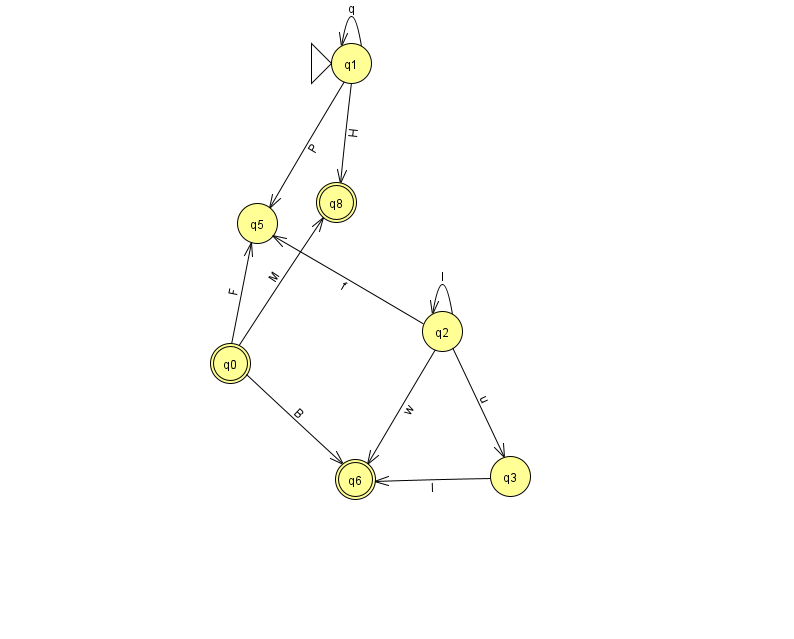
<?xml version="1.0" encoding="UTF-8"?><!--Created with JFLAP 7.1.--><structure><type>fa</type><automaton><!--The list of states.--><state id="0" name="q0"><x>230.0</x><y>350.0</y><final/></state><state id="1" name="q1"><x>351.0</x><y>50.0</y><initial/></state><state id="2" name="q2"><x>442.0</x><y>318.0</y></state><state id="3" name="q3"><x>510.0</x><y>463.0</y></state><state id="5" name="q5"><x>257.0</x><y>210.0</y></state><state id="6" name="q6"><x>355.0</x><y>466.0</y><final/></state><state id="8" name="q8"><x>336.0</x><y>189.0</y><final/></state><!--The list of transitions.--><transition><from>1</from><to>1</to><read>q</read></transition><transition><from>2</from><to>2</to><read>I</read></transition><transition><from>2</from><to>5</to><read>f</read></transition><transition><from>2</from><to>3</to><read>u</read></transition><transition><from>0</from><to>8</to><read>M</read></transition><transition><from>1</from><to>5</to><read>P</read></transition><transition><from>1</from><to>8</to><read>H</read></transition><transition><from>2</from><to>6</to><read>w</read></transition><transition><from>3</from><to>6</to><read>I</read></transition><transition><from>0</from><to>6</to><read>B</read></transition><transition><from>0</from><to>5</to><read>F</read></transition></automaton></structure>